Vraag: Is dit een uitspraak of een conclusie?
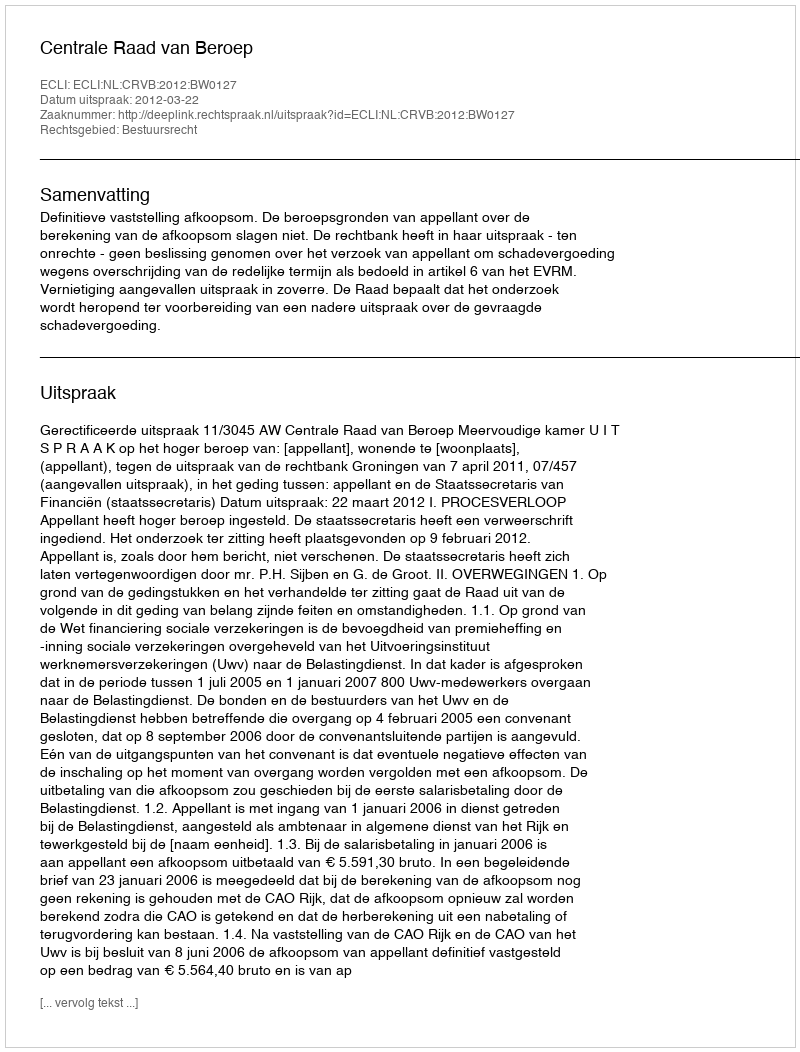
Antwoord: Uitspraak